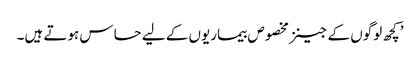
’کچھ لوگوں کے جینز مخصوص بیماریوں کے لیے حساس ہوتے ہیں۔